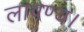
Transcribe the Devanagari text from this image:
लावण्य।